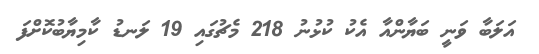
އަލަބާ ވަނީ ބަޔާންއާ އެކު ކުޅުނު 218 މެޗުގައި 19 ލަނޑު ކާމިޔާބުކޮށްފަ